Report on sanitation, dispensaries, and jails in Rajputana for 1920, and on vaccination for the year 1920-1921 - 1920-1921
Year: 1920
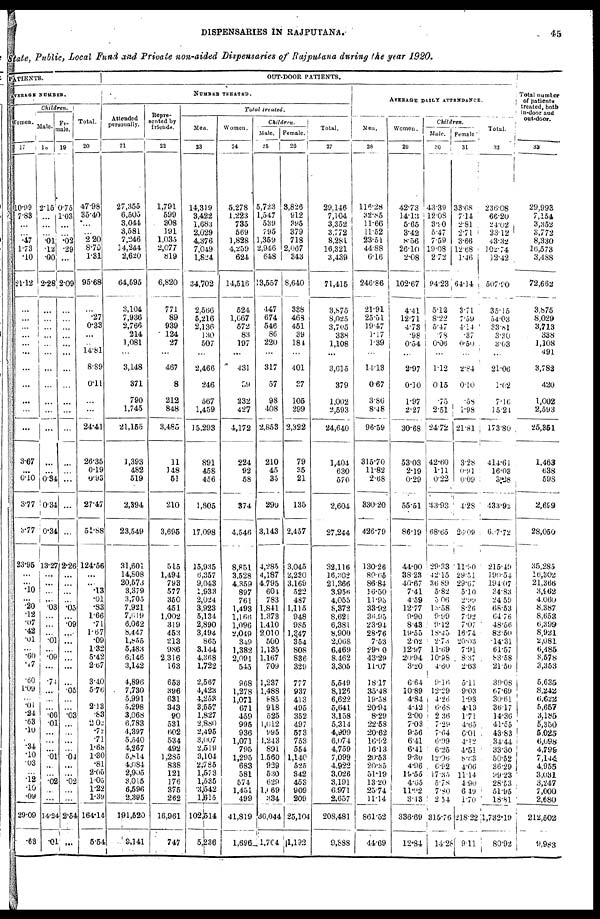
DISPENSARIES IN RAJPUTANA.
45
State, Public, Local Fund and Private non-aided Dispensaries of Rajputana during the year 1920.
PATIENTS.
AVERAGE NUMBER.
Women.
17
10.99
7.83
...
...
.47
1.73
.10
21.12
...
...
...
...
...
...
...
...
...
...
...
3.67
...
0.10
3.77
3.77
23.95
...
...
. 10
...
.20
.12
.07
.42
.01
...
.60
.17
.60
1.09
...
.01
.24
.63
.10
...
.34
.10
.03
...
.12
.10
.09
29.09
.63
Children.
Male.
18
2.15
...
...
...
.01
.12
.00
2.28
...
...
...
...
...
...
...
...
...
...
...
...
...
0.34
0.34
0.34
13.27
...
...
...
...
.03
...
...
...
.01
...
.09
...
.74
...
...
...
.06
.01
...
...
...
.01
...
...
.02
...
...
14.24
.01
Fe-
male.
19
0.75
1.03
...
...
.02
.29
...
2.09
...
...
...
...
...
...
...
...
...
...
...
...
...
...
...
...
2.26
...
...
...
.05
...
.09
...
...
...
...
...
...
.05
...
...
.03
...
...
...
...
.04
...
...
.02
...
...
2.54
...
Total.
20
47.98
35.40
...
...
2.20
8.70
1.31
95.68
...
.27
0.33
...
...
14.81
8.89
0.11
...
...
24.41
26.35
0.19
0.93
27.47
51.88
124.56
...
...
.13
.01
.83
1.66
.71
1.67
.09
1.32
5.42
2.67
3.40
5.76
...
2.13
.83
2.02
.72
.71
1.68
1.30
.81
2.05
1.05
1.22
1.39
164.14
5.54
OUT-DOOR PATIENTS.
NUMBER TREATED.
Attended
personally.
21
27,355
6,505
3,044
3,581
7,246
14,244
2,620
64,595
3,104
7,936
2,766
214
1,081
...
3,148
371
790
1,745
21,155
1,393
482
519
2,394
23,549
31,601
14,808
20,673
3,379
3,705
7,921
7,619
6,062
8,447
1,855
5,483
6,146
3,142
4,896
7,730
5,991
5,298
3,068
6,783
4,397
5,540
4,267
5,814
4,084
2,905
3,015
6,596
2,395
191,520
9,141
Repre-
sented by
friends.
22
1,791
599
308
191
1,035
2,077
819
6,820
771
89
939
124
27
...
467
8
212
848
3,485
11
148
51
210
3,695
515
1,494
793
577
350
451
1,002
319
453
213
986
2,316
163
653
396
631
343
90
531
602
534
492
1,285
838
121
176
375
262
16,961
747
Total treated.
Men.
23
14,319
3,422
1,683
2,029
4,376
7,049
1,824
34,702
2,566
5,216
2,136
130
507
...
2,466
246
567
1,459
15,293
891
458
456
1,805
17,098
15,935
6,357
9,043
1,933
2,024
3,923
5,134
2,890
3,494
865
3,144
4,368
1,722
2,567
4,423
4,253
3,557
1,827
2,880
2,495
3,007
2,519
3,104
2,785
1,573
1,535
3,542
1,615
102,514
5,236
Women.
24
5,278
1,223
735
569
1,828
4,259
624
14,516
524
1,667
572
83
197
...
431
39
232
427
4,172
224
92
58
374
4,546
8,851
3,528
4,359
897
761
1,493
1,166
1,096
2,049
349
1,382
2,091
545
968
1,278
1,071
671
459
995
936
1,071
795
1,295
683
581
574
1,451
499
41,819
1,696
Children.
Male.
25
5,723
1,547
539
795
1,359
2,946
648
13,557
447
674
546
86
220
...
317
57
98
408
2,853
210
45
35
290
3,143
4,285
4,187
4,795
604
783
1,841
1,373
1,410
2,010
500
1,135
1,167
709
1,237
1,488
885
918
525
1,012
995
1,243
891
1,560
938
530
629
1,069
334
30,044
1,764
Female.
26
3,826
912
395
379
718
2,067
343
8,640
338
463
451
39
184
...
401
37
105
299
2,322
79
35
21
135
2,457
3,045
2,230
3,169
522
487
1,115
948
985
1,347
354
808
836
329
777
937
413
495
352
497
573
753
554
1,140
525
342
453
909
209
25,104
1,192
Total.
27
29,146
7,104
3,352
3,772
8,281
16,321
3,439
71,415
3,875
8,025
3,705
338
1,108
...
3,615
379
1,002
2,593
24,640
1,404
630
570
2,604
27,244
32,116
16,302
21,366
3,956
4,055
8,372
8,621
6,381
8,900
2,068
6,469
8,462
3,305
5,549
8,126
6,622
5,641
3,158
5,314
4,999
6,074
4,759
7,099
4,922
3,026
3,191
6,971
2,657
208,481
9,888
AVERAGE DAILY ATTENDANCE.
Men.
28
116.28
32.85
11.66
11.52
23.51
44.88
6.16
246.86
21.91
25.51
19.47
1.17
1.39
...
14.13
0.67
3.86
8.48
96.59
315.70
11.82
2.68
330.20
426.79
130.26
80.65
86.84
16.50
11.95
33.92
36.95
23.94
28.76
7.53
29.00
43.29
11.07
18.17
35.48
19.58
20.94
8.29
22.58
20.62
16.92
16.13
20.53
20.35
51.19
13.20
25.74
11.14
861.52
44.69
Women.
29
42.73
14.13
5.65
3.42
8.56
26.10
2.08
102.67
4.41
12.71
4.73
.98
0.54
...
2.97
0.10
1.97
2.27
30.68
53.03
2.19
0.29
55.51
86.19
44.00
38.23
40.67
7.41
4.59
12.77
9.90
8.43
19.55
2.02
12.97
20.94
3.20
6.64
10.89
4.84
4.42
2.00
7.03
9.56
6.41
6.41
9.30
4.96
19.55
4.65
11.92
3.43
336.69
12.84
Children.
Male.
30
43.39
12.08
3.90
5.47
7.59
19.08
2.72
94.23
5.12
8.22
5.47
.78
0.06
...
1.12
0.15
.75
2.51
24.72
42.60
1.11
0.22
43.93
68.65
29.33
42.15
36.89
5.82
5.06
13.58
9.99
9.12
18.45
2.73
11.69
10.98
4.60
9.16
12.29
4.26
6.68
2.36
7.29
7.64
6.09
6.25
12.06
6.92
17.35
5.78
7.80
2.54
315.76
14.28
Female.
31
33.68
7.14
2.81
2.71
3.66
12.68
1.46
64.14
3.71
7.59
4.14
.37
0.50
...
2.84
0.10
.58
1.98
21.81
3.28
0.91
0.09
4.28
26.09
11.90
29.51
29.67
5.10
2.99
8.26
7.92
7.07
16.74
20.03
7.91
8.37
2.63
5.11
9.03
1.93
4.13
1.71
4.65
6.01
1.42
4.51
8.63
4.06
11.14
4.90
6.49
1.70
218.22
9.11
Total.
32
236.08
66.20
24.02
23.12
43.32
102.74
12.42
507.90
35.15
54.03
33.81
3.30
3.03
...
21.06
1.02
7.16
15.24
173.80
414.61
16.03
39.28
433.92
607.72
215.49
190.54
194.07
34.83
24.59
68.53
64.76
48.56
83.50
14.31
61.57
83.58
21.50
39.08
67.69
30.61
36.17
14.36
41.55
43.83
34.44
33.30
50.52
36.29
99.23
28.53
51.95
18.81
1,732.19
80.92
Total number
of patients
treated, both
in-door and
out-door.
33
29,993
7,154
3,352
3,772
8,330
16,573
3,488
72,662
3,875
8,029
3,713
338
1,108
491
3,782
420
1,002
2,593
25,351
1,463
638
598
2,699
28,050
35,285
16,302
21,366
3,962
4,060
8,387
8,653
6,399
8,921
2,081
6,485
8,578
3,353
5,635
8,242
6,622
5,657
3,185
5,350
5,025
6,098
4,799
7,144
4,955
3,031
3,247
7,000
2,680
212,502
9,983